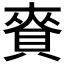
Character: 𧶘